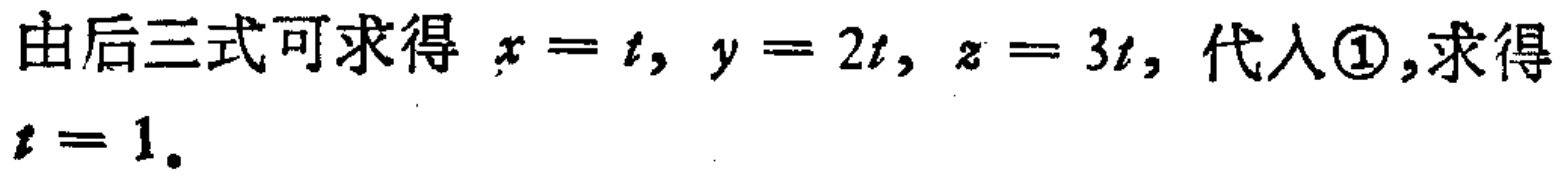
由后三式可求得 \(x = t, y = 2t, z = 3t\), 代入\textcircled{1},求得 \(t = 1\).